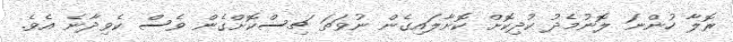
ރޮލާ ހުންނަ ލޮނުމެދު ކުދިކޮށް ކޮށާލައިގެން ނުވަތަ ޗިސްކޮށްގެން ވެސް ކެވިދާނެ އެވެ.